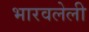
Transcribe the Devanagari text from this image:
भारवलेली